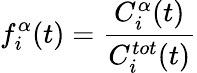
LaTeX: f_{i}^{\alpha}(t)=\frac{C_{i}^{\alpha}(t)}{C_{i}^{tot}(t)}